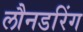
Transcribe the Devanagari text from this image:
लौनडरिंग